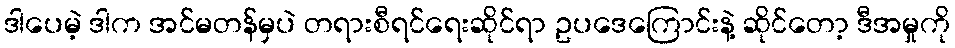
ဒါပေမဲ့ ဒါက အင်မတန်မှပဲ တရားစီရင်ရေးဆိုင်ရာ ဥပဒေကြောင်းနဲ့ ဆိုင်တော့ ဒီအမှုကို